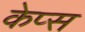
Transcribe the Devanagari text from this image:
केप्स